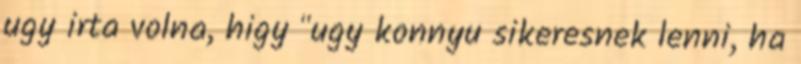
ugy irta volna, higy "ugy konnyu sikeresnek lenni, ha